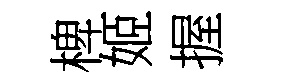
椑姬握